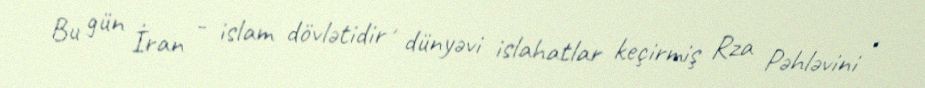
Bu gün İran - islam dövlətidir , dünyəvi islahatlar keçirmiş Rza Pəhləvini ,